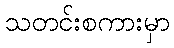
သတင်းစကားမှာ